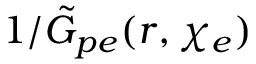
1 / \tilde { G } _ { p e } ( r , \chi _ { e } )